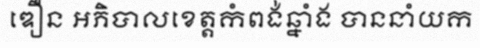
ឌឿន អភិបាលខេត្តកំពង់ឆ្នាំង បាននាំយក